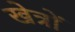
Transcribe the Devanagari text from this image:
खेत्रों